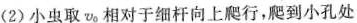
(2)小虫取v。相对于细杆向上爬行，爬到小孔处